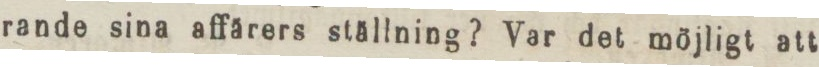
rande sina affärers ställning? Var det möjligt att